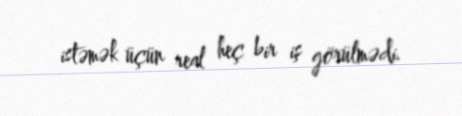
istəmək üçün real heç bir iş görülmədi.